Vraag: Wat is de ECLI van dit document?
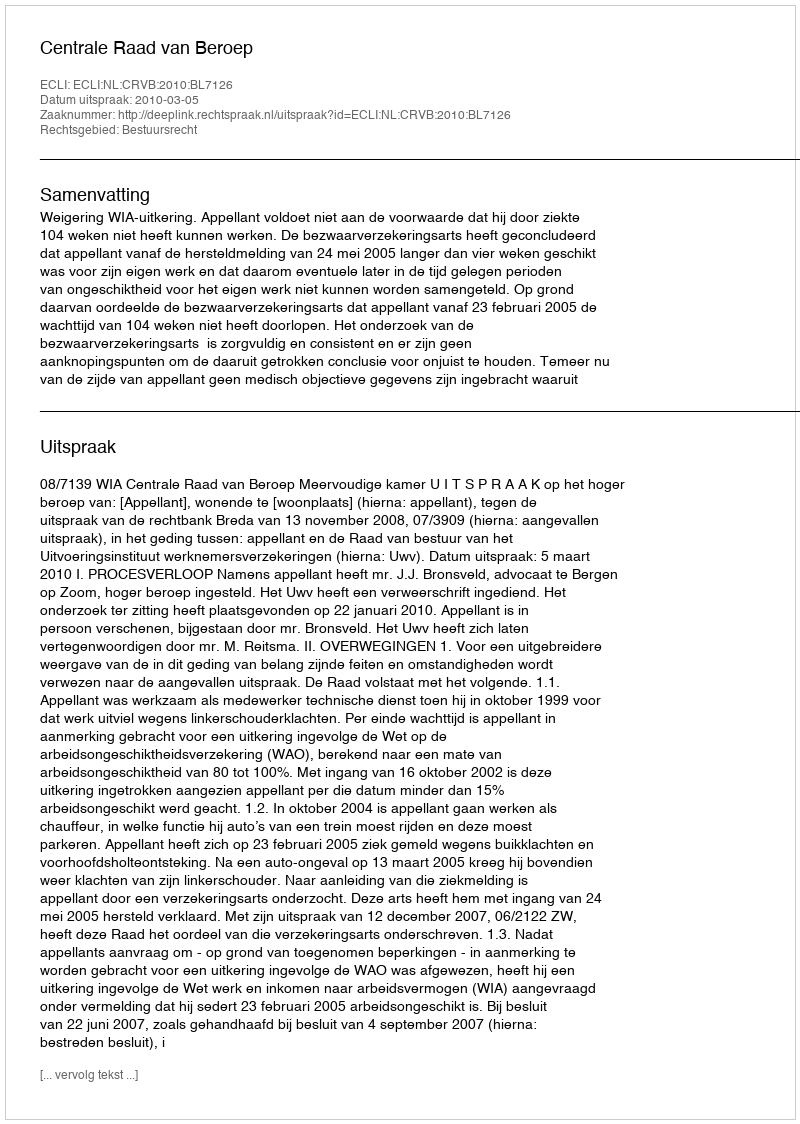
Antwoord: ECLI:NL:CRVB:2010:BL7126